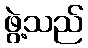
ဖွဲ့သည်